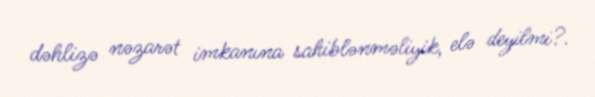
dəhlizə nəzarət imkanına sahiblənməliyik, elə deyilmi?.